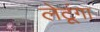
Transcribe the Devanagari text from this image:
लेटूंगा